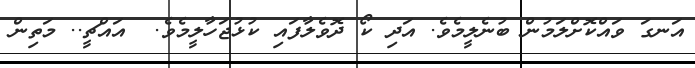
އަނގަ ވައްކޮށްލަމުން ބުނެލީމެވެ. އަދި ކޯ ދޮވެލާފައި ކުޅުޖަހާލީމެވެ.  އައްޗީ.. މަތިން